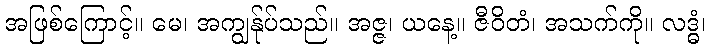
အဖြစ်ကြောင့်။ မေ၊ အကျွန်ုပ်သည်။ အဇ္ဇ၊ ယနေ့။ ဇီဝိတံ၊ အသက်ကို။ လဒ္ဓံ၊